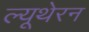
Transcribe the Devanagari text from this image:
ल्यूथेरन